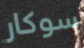
سوكار